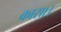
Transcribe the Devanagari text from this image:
कासा।